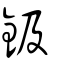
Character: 鈒